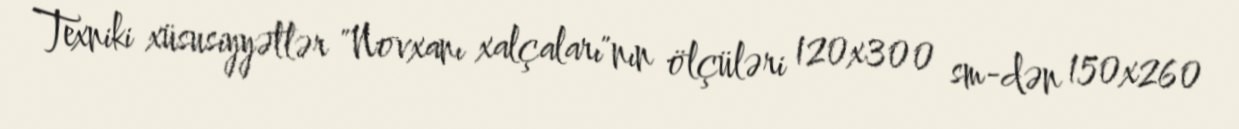
Texniki xüsusiyyətlər "Novxanı xalçaları"nın ölçüləri 120x300 sm-dən 150x260